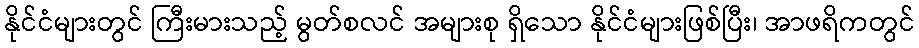
နိုင်ငံများတွင် ကြီးမားသည့် မွတ်စလင် အများစု ရှိသော နိုင်ငံများဖြစ်ပြီး၊ အာဖရိကတွင်